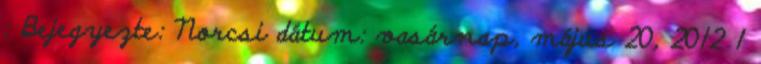
: Bejegyezte: Norcsi dátum: vasárnap, május 20, 2012 1